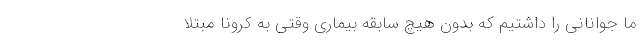
ما جوانانی را داشتیم که بدون هیچ سابقه بیماری وقتی به کرونا مبتلا